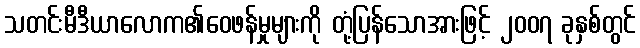
သတင်းမီဒီယာလောက၏ဝေဖန်မှုများကို တုံ့ပြန်သောအားဖြင့် ၂၀၀၇ ခုနှစ်တွင်